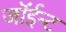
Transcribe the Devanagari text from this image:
जॉईन्ट